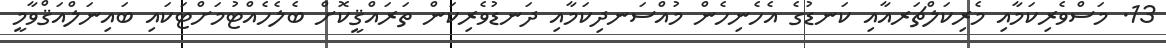
13. މަސްވެރިކަމާއި މެރިކަލްޗަރއާއި ކަނޑުގެ އެހެނިހެން މުއްސަނދިކަމާއި ދަނޑުވެރިކަން ތަރައްޤީކޮށް ބެލެހެއްޓުމަށްޓަކައި ބައިނަލްއަޤްވާމީ